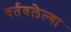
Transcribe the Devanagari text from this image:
वर्तवलेल्या